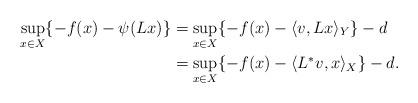
LaTeX: \begin{align*}\sup\limits_{x\in X}\{-f(x)-\psi(Lx)\}&=\sup\limits_{x\in X}\{-f(x)- \langle v,Lx\rangle_Y \}-d\\&=\sup\limits_{x\in X}\{-f(x)- \langle L^* v,x\rangle_X \} -d. \end{align*}